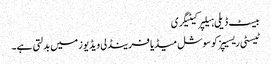
بیسٹ ڈیلی ہیلپر کیٹیگری
ٹیسٹی ریسیپز کو سوشل میڈیا فرینڈلی ویڈیوز میں بدلتی ہے۔